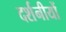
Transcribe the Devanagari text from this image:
दर्शनीयों